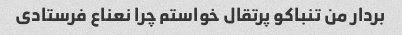
بردار من تنباکو پرتقال خواستم چرا نعناع فرستادی